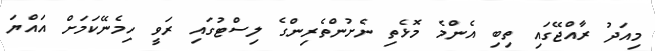
މިއަދު ރާއްޖޭގައި ތިބި އެންމެ މޮޅެތި ނެށުންތެރިންގެ ލިސްޓުގައި ރަވީ ހިމެނޭކަމަށް އައްޔަ